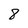
Character: 8